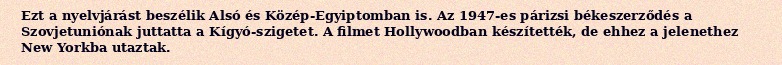
Ezt a nyelvjárást beszélik Alsó és Közép-Egyiptomban is. Az 1947-es párizsi békeszerződés a Szovjetuniónak juttatta a Kígyó-szigetet. A filmet Hollywoodban készítették, de ehhez a jelenethez New Yorkba utaztak.